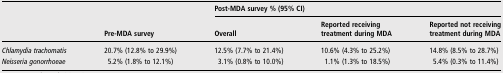
<table><thead><tr><td><b> </b></td><td></td><td colspan="3"><b>Post-MDA survey % (95% CI)</b></td></tr><tr><td></td><td><b>Pre-MDA survey</b></td><td><b>Overall</b></td><td><b>Reported receiving treatment during MDA</b></td><td><b>Reported not receiving treatment during MDA</b></td></tr></thead><tbody><tr><td><i>Chlamydia trachomatis</i></td><td>20.7% (12.8% to 29.9%)</td><td>12.5% (7.7% to 21.4%)</td><td>10.6% (4.3% to 25.2%)</td><td>14.8% (8.5% to 28.7%)</td></tr><tr><td><i>Neisseria gonorrhoeae</i></td><td>5.2% (1.8% to 12.1%)</td><td>3.1% (0.8% to 10.0%)</td><td>1.1% (1.3% to 18.5%)</td><td>5.4% (0.3% to 11.4%)</td></tr></tbody></table>